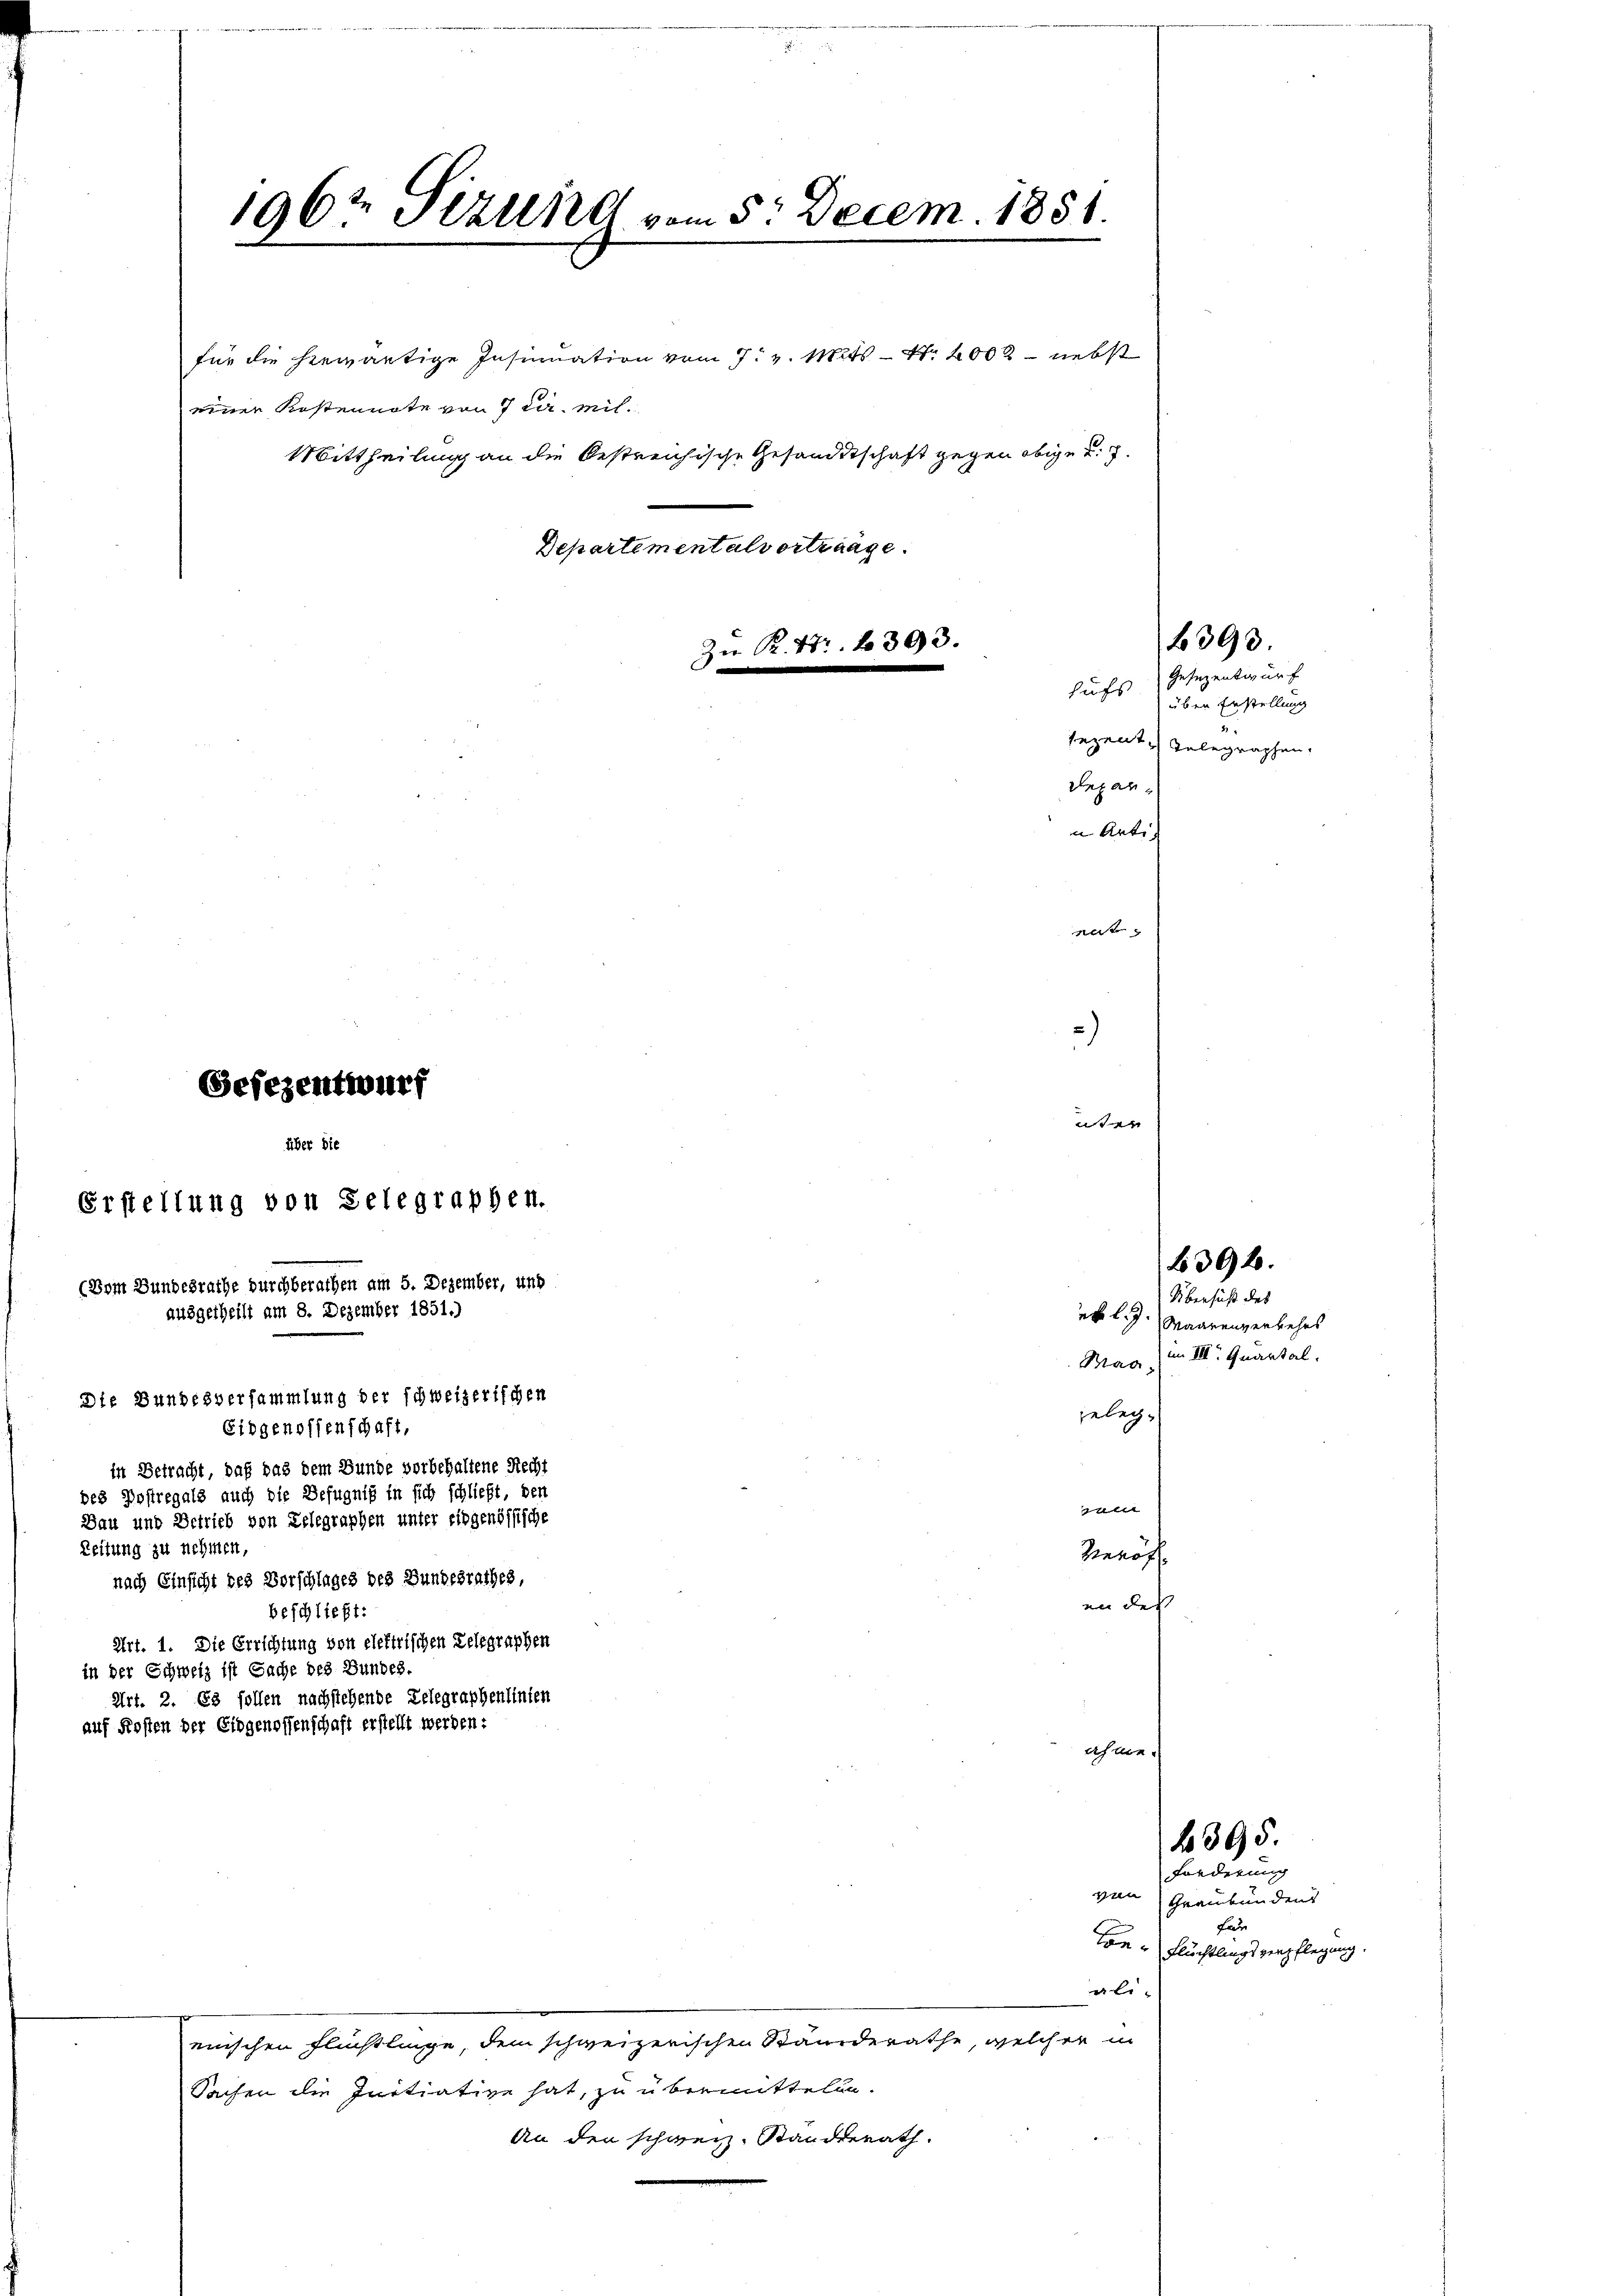
Zeitung zu nehmen,
Art. 2. Es sollen nachstehende Telegraphenlinien
auf Kosten der Eidgenossenschaft erstellt werden:

Departementalvertrage.
Zn R. 47. 393.

Gefezentwurf

196t Willet vom 5. Decem. 1851.

über die
Erstellung von Selegraphen.

ausgetheilt am 8. Dezember 1851.)

Die Bundesversammlung der schweizerischen

für die herwärtige Insinuation vom 7. v. Mts. — N. 2002 - nebst
einer Kostennote von 7 cir. mil¬
Mittheilung an die bestreichische Gesandtschaft gegen obige u. s.

(Vom Bundesrathe durchberathen am 5. Dezember, und
Eidgenossenschaft,
in Betracht, daß das dem Bunde vorbehaltene Recht
des Postregals auch die Befugnis in sich schließt, den
Bau und Betrieb von Telegraphen unter eidgenössische
nach Einsicht des Vorschlages des Bundesrathes,
beschließt:
Art. 1. Die Errichtung von elektrischen Delegraphen
in der Schweiz ist Sache des Bundes.

eischen Flüchtlinge, dem schweizerischen Standerathe, welcher in
Sachen die Initiative hat, zu übermitteln.
An den schweiz. Standerath.

des in

hufs
depar¬

ent
)
uter

eb l. J.
geleg¬
 |
Veröff
an des

Gesezentwurf
über Erstellung
sezent Inbegraphen.
i Arti

1 f 390

Übersicht des
Maarenverkehrs
Mag (in III. Quartal.

392.

4395.

Forderung
von Graubündens
La
kon & Flüchtlings verpflegung
ali